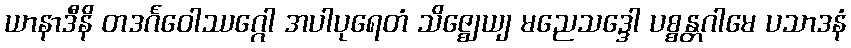
ယာနာဒီနိ တဒင်္ဂဝေါဿဂ္ဂေါ အပါပုရေတံ သိဇ္ဈေယျ မညေသဒ္ဒေါ ပစ္စန္တဂါမေ ပသာဒနံ